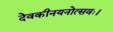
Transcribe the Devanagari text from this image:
देवकीनयनोत्सवः।